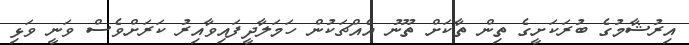
އިރުޝާމުގެ ބުރަކަށީގެ ތިން ތާކަށް ތޫނު އެއްޗަކުން ހަމަލާދީފައިވާއިރު ކަރަށްވެސް ވަނީ ވަޅި